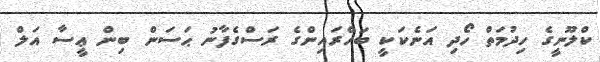
ކްލޫނީގެ ހިދުމަތް ހޯދި އަނެކަކީ ބަހްރައިންގެ ރަސްގެފާނު ޙަސަން ބިން ޢީސާ އަލް